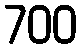
700